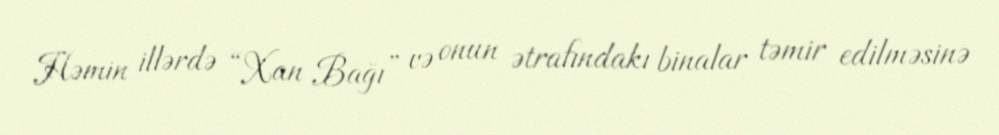
Həmin illərdə “Xan Bağı” və onun ətrafındakı binalar təmir edilməsinə